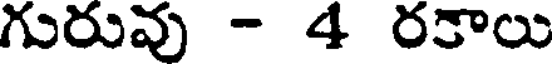
గురువు - 4 రకాలు